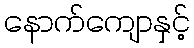
နောက်ကျောနှင့်